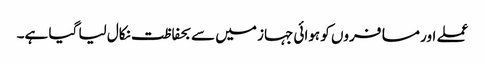
عملے اور مسافروں کو ہوائی جہاز میں سے بحفاظت نکال لیا گیا ہے۔